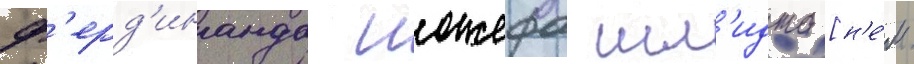
ф'ерд'инанда иожефа шм'идта [н'е́м.